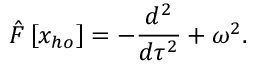
\hat { F } \left[ x _ { h o } \right] = - \frac { d ^ { 2 } } { d \tau ^ { 2 } } + \omega ^ { 2 } .